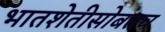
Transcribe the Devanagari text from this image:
भातशेतीसोबतच